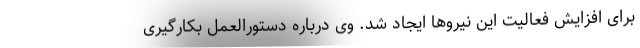
برای افزایش فعالیت این نیروها ایجاد شد. وی درباره دستورالعمل بکارگیری